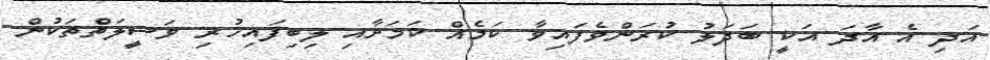
އަދި އެ އާދަ އަކީ ބަދަލު ކުރަންވެފައިވާ ކަމެއް ކަމަށާއި ލިބިފައިހުރި ވަސީލަތްތަކުން